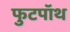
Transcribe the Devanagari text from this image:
फुटपॉथ